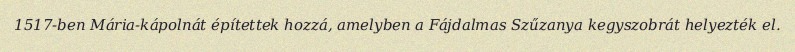
1517-ben Mária-kápolnát építettek hozzá, amelyben a Fájdalmas Szűzanya kegyszobrát helyezték el.